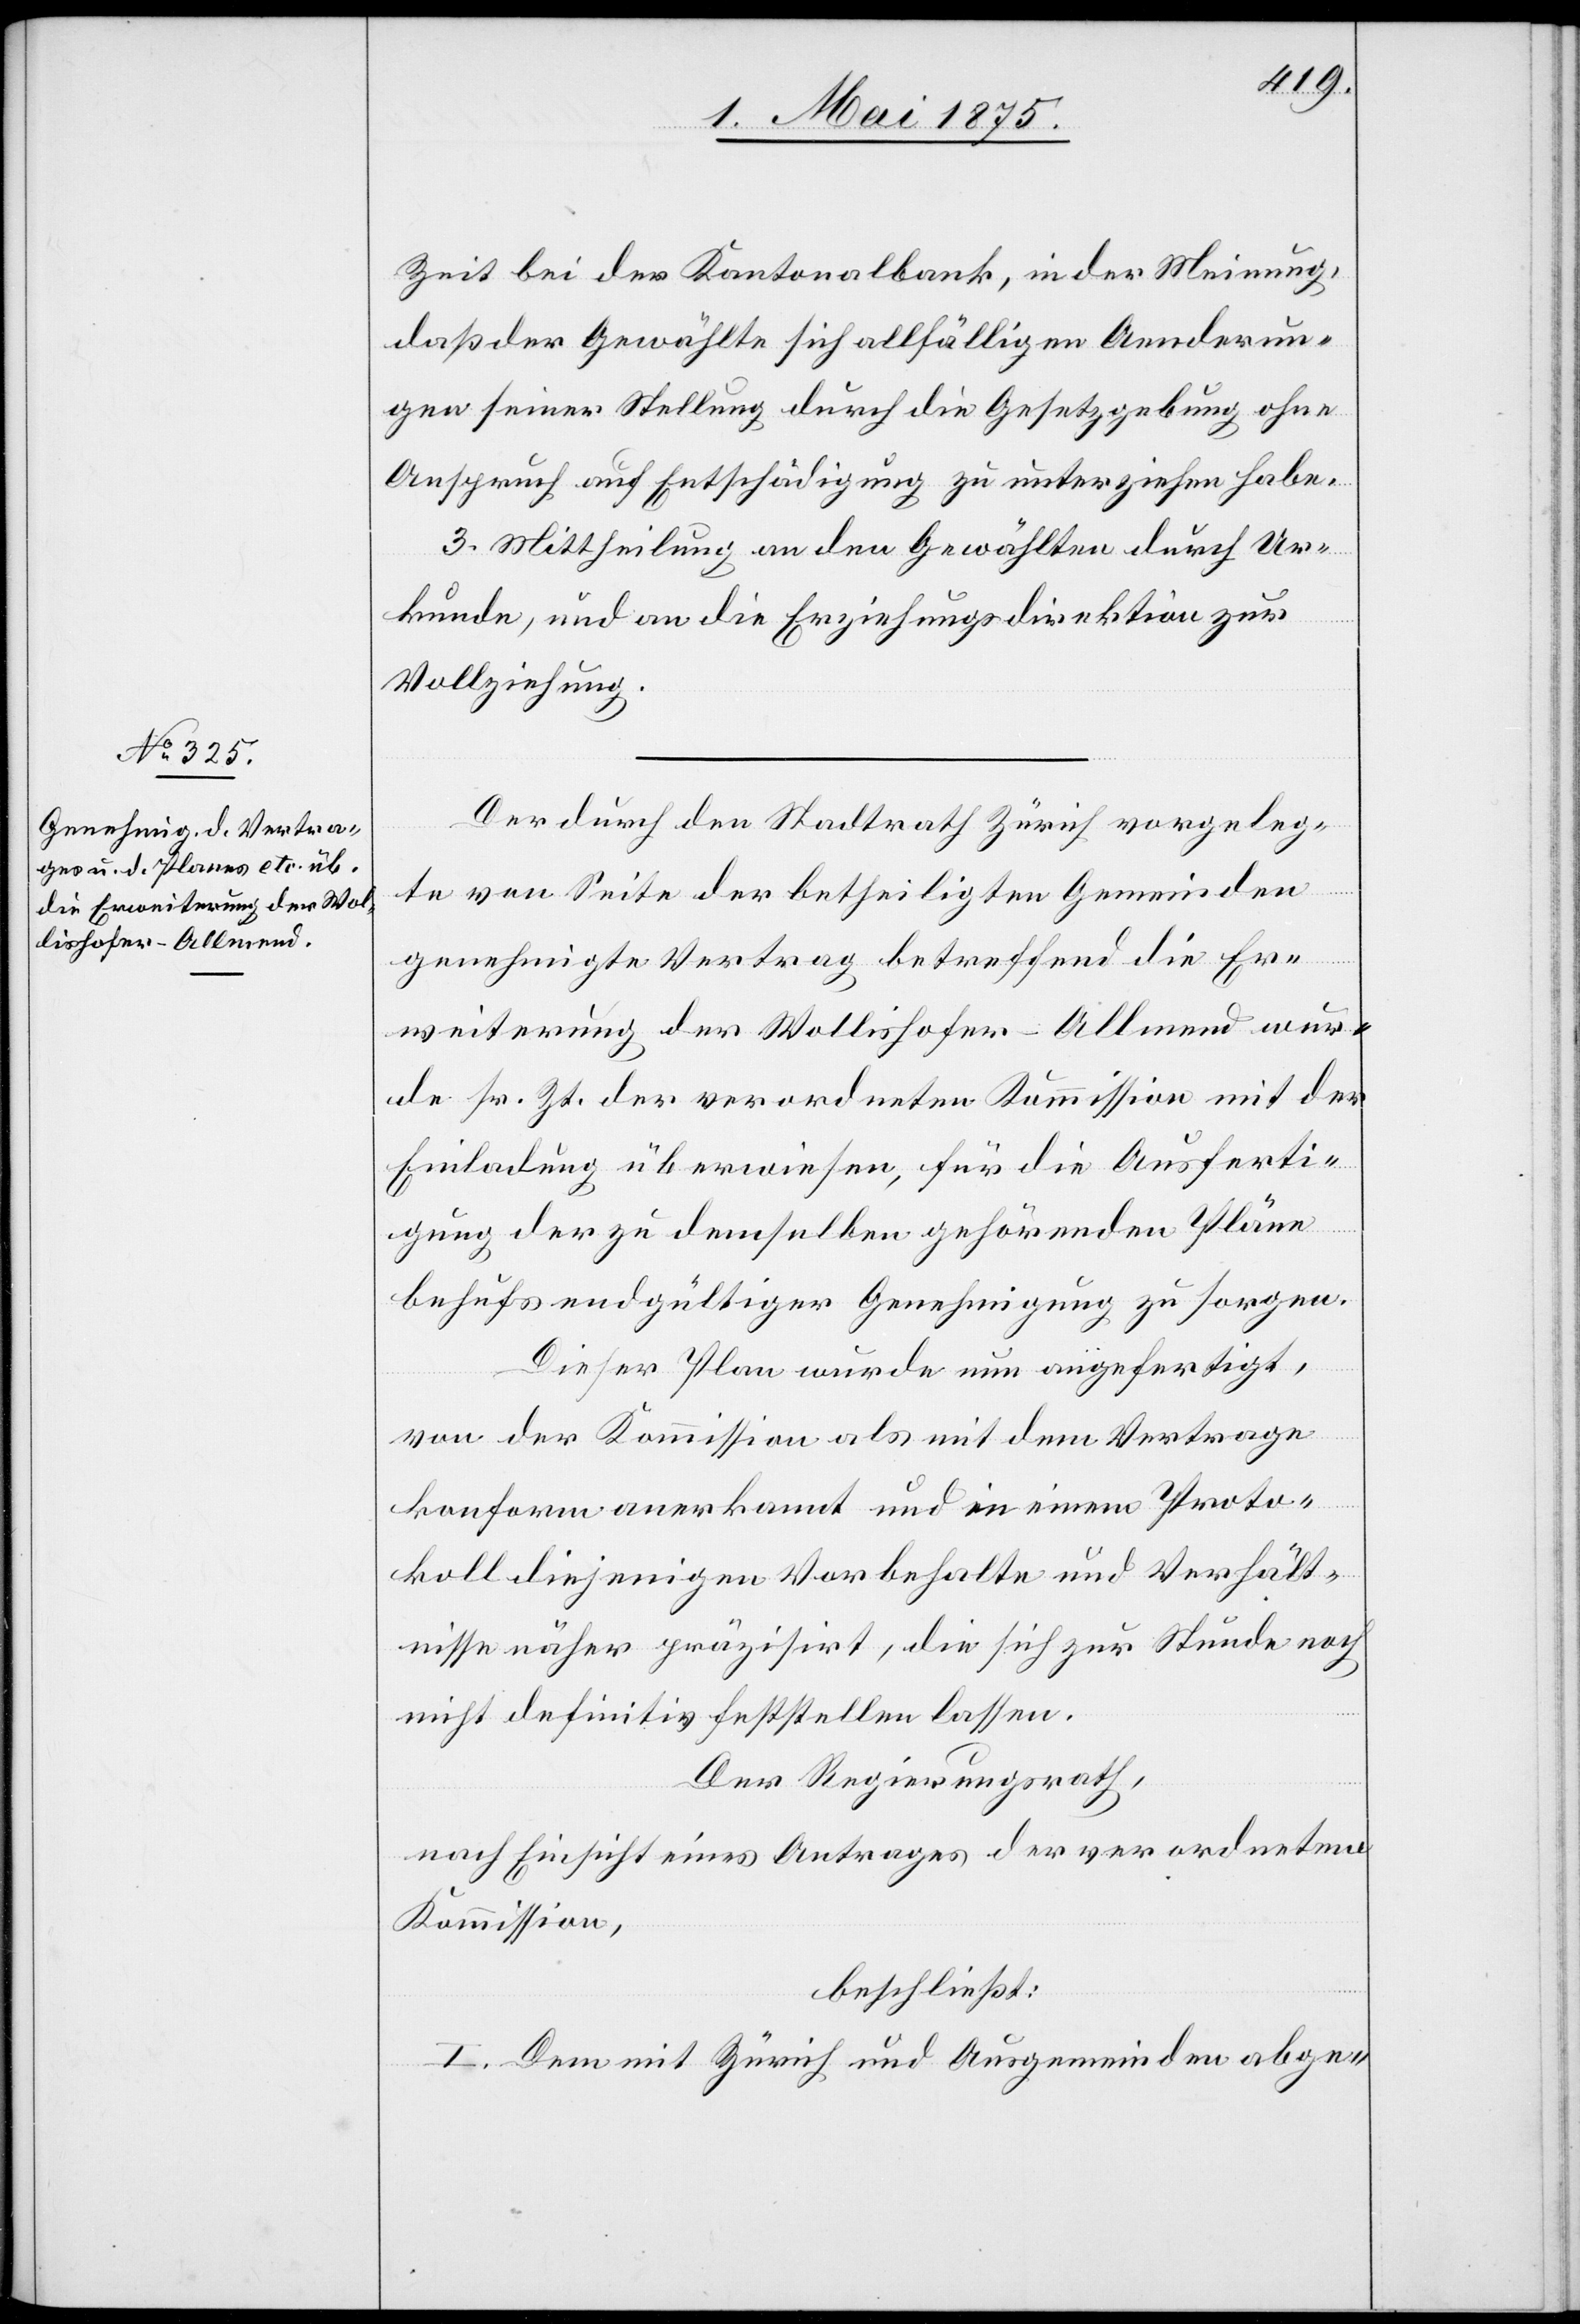
Zeit bei der Kantonalbank, in der Meinung,
daß der Gewählte sich allfälligen Aenderun¬
gen seiner Stellung durch die Gesetzgebung ohne
Anspruch auf Entschädigung zu unterziehen habe.
3. Mittheilung an den Gewählten durch Ur¬
kunde, und an die Erziehungsdirektion zur
Vollziehung.
Der durch den Stadtrath Zürich vorgeleg¬
te von Seite der betheiligten Gemeinden
genehmigte Vertrag betreffend die Er¬
weiterung der Wollishofer-Allmend wur¬
de sr. Zt. der verordneten Kommission mit der
Einladung überwiesen, für die Ausferti¬
gung der zu demselben gehörenden Pläne
behufs endgültiger Genehmigung zu sorgen.
Dieser Plan wurde nun angefertigt,
von der Kommission als mit dem Vertrage
konform anerkannt und in einem Proto¬
koll diejenigen Vorbehalte und Verhält¬
nisse näher präzisirt, die sich zur Stunde noch
nicht definitiv feststellen lassen,
Der Regierungsrath,
nach Einsicht eines Antrages der verordneten
Kommission,
beschließt:
I. Dem mit Zürich und Ausgemeinden abge-